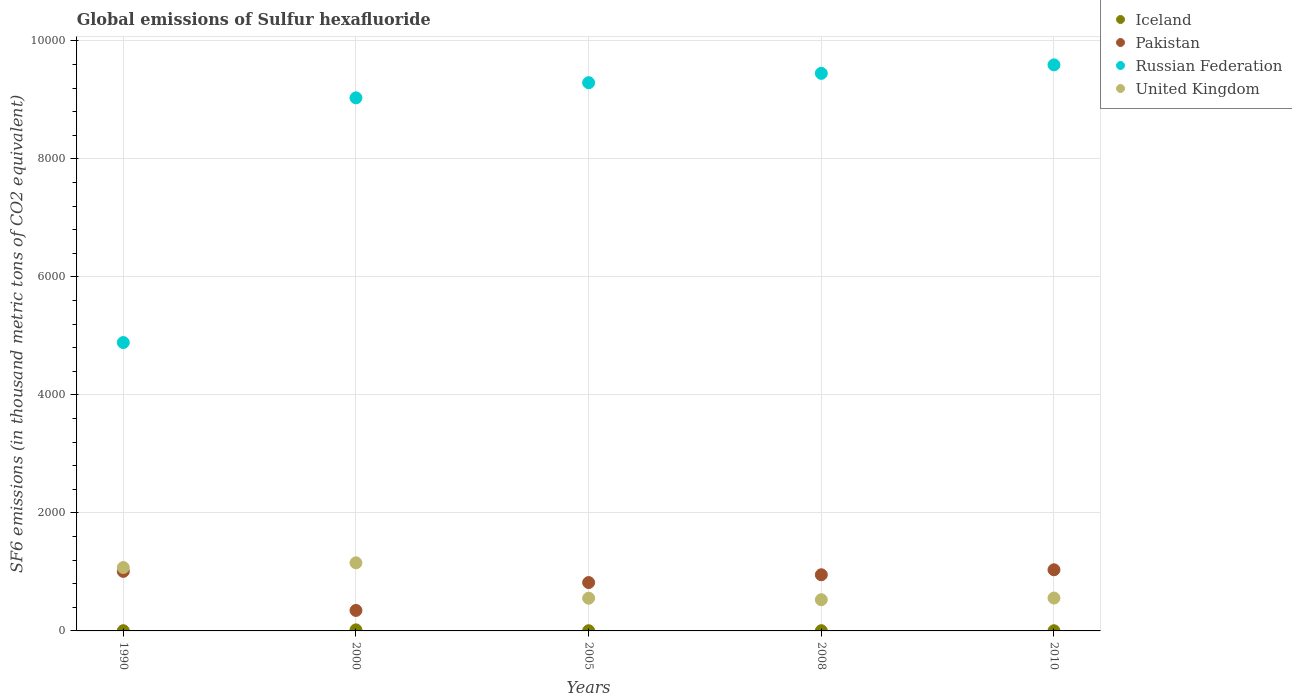
| Years | Iceland | Pakistan | Russian Federation | United Kingdom |
 | --- | --- | --- | --- | --- |
 | 1990 | 3.5 | 1.01e+03 | 4.89e+03 | 1.07e+03 |
 | 2000 | 17.9 | 347 | 9.03e+03 | 1.15e+03 |
 | 2005 | 3.5 | 819 | 9.29e+03 | 554 |
 | 2008 | 4 | 952 | 9.45e+03 | 529 |
 | 2010 | 3 | 1.04e+03 | 9.59e+03 | 557 |